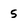
Character: 5